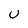
Character: U